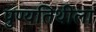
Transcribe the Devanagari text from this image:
पुण्यतिथीला